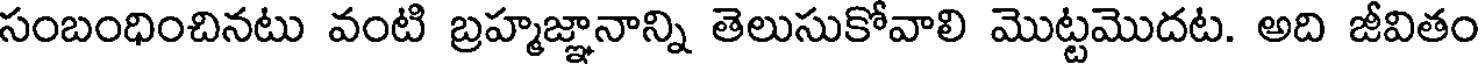
సంబంధించినటు వంటి బ్రహ్మజ్ఞానాన్ని తెలుసుకోవాలి మొట్టమొదట. అది జీవితం